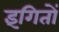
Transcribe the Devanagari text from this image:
इंगितों